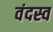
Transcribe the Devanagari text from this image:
वंदस्व